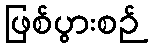
ဖြစ်ပွားစဉ်